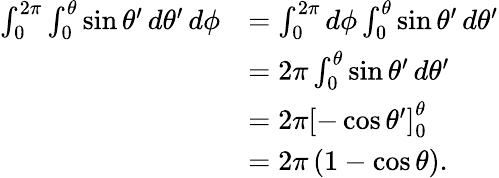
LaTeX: {\begin{array}{rl}{\int_{0}^{2\pi}\int_{0}^{\theta}\sin\theta^{\prime}\, d\theta^{\prime}\, d\phi}&{=\int_{0}^{2\pi}d\phi\int_{0}^{\theta}\sin\theta^{\prime}\, d\theta^{\prime}}\\ &{=2\pi\int_{0}^{\theta}\sin\theta^{\prime}\, d\theta^{\prime}}\\ &{=2\pi\left[-\cos\theta^{\prime}\right]_{0}^{\theta}}\\ &{=2\pi\left(1-\cos\theta\right).}\end{array}}